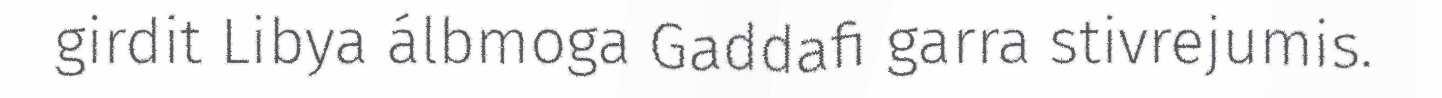
girdit Libya álbmoga Gaddafi garra stivrejumis.